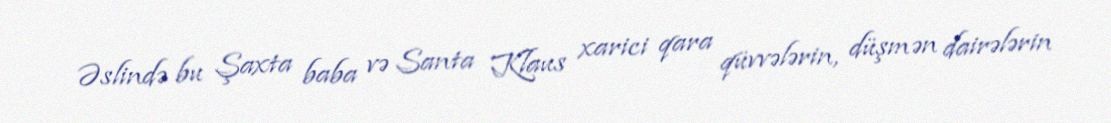
Əslində bu Şaxta baba və Santa Klaus xarici qara qüvvələrin, düşmən dairələrin